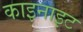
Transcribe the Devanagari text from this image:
काइनाइट